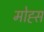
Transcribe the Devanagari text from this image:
मोह्स